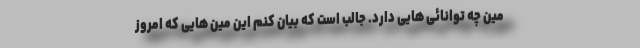
مین چه توانائی هایی دارد. جالب است که بیان کنم این مین هایی که امروز